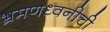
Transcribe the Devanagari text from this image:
भ्रमणध्वनीची